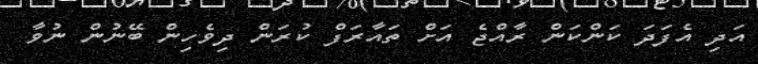
އަދި އެފަދަ ކަންކަން ރާއްޖެ އަށް ތައާރަފް ކުރަން ދިވެހިން ބޭނުން ނުވާ